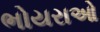
ભોયરાઓ